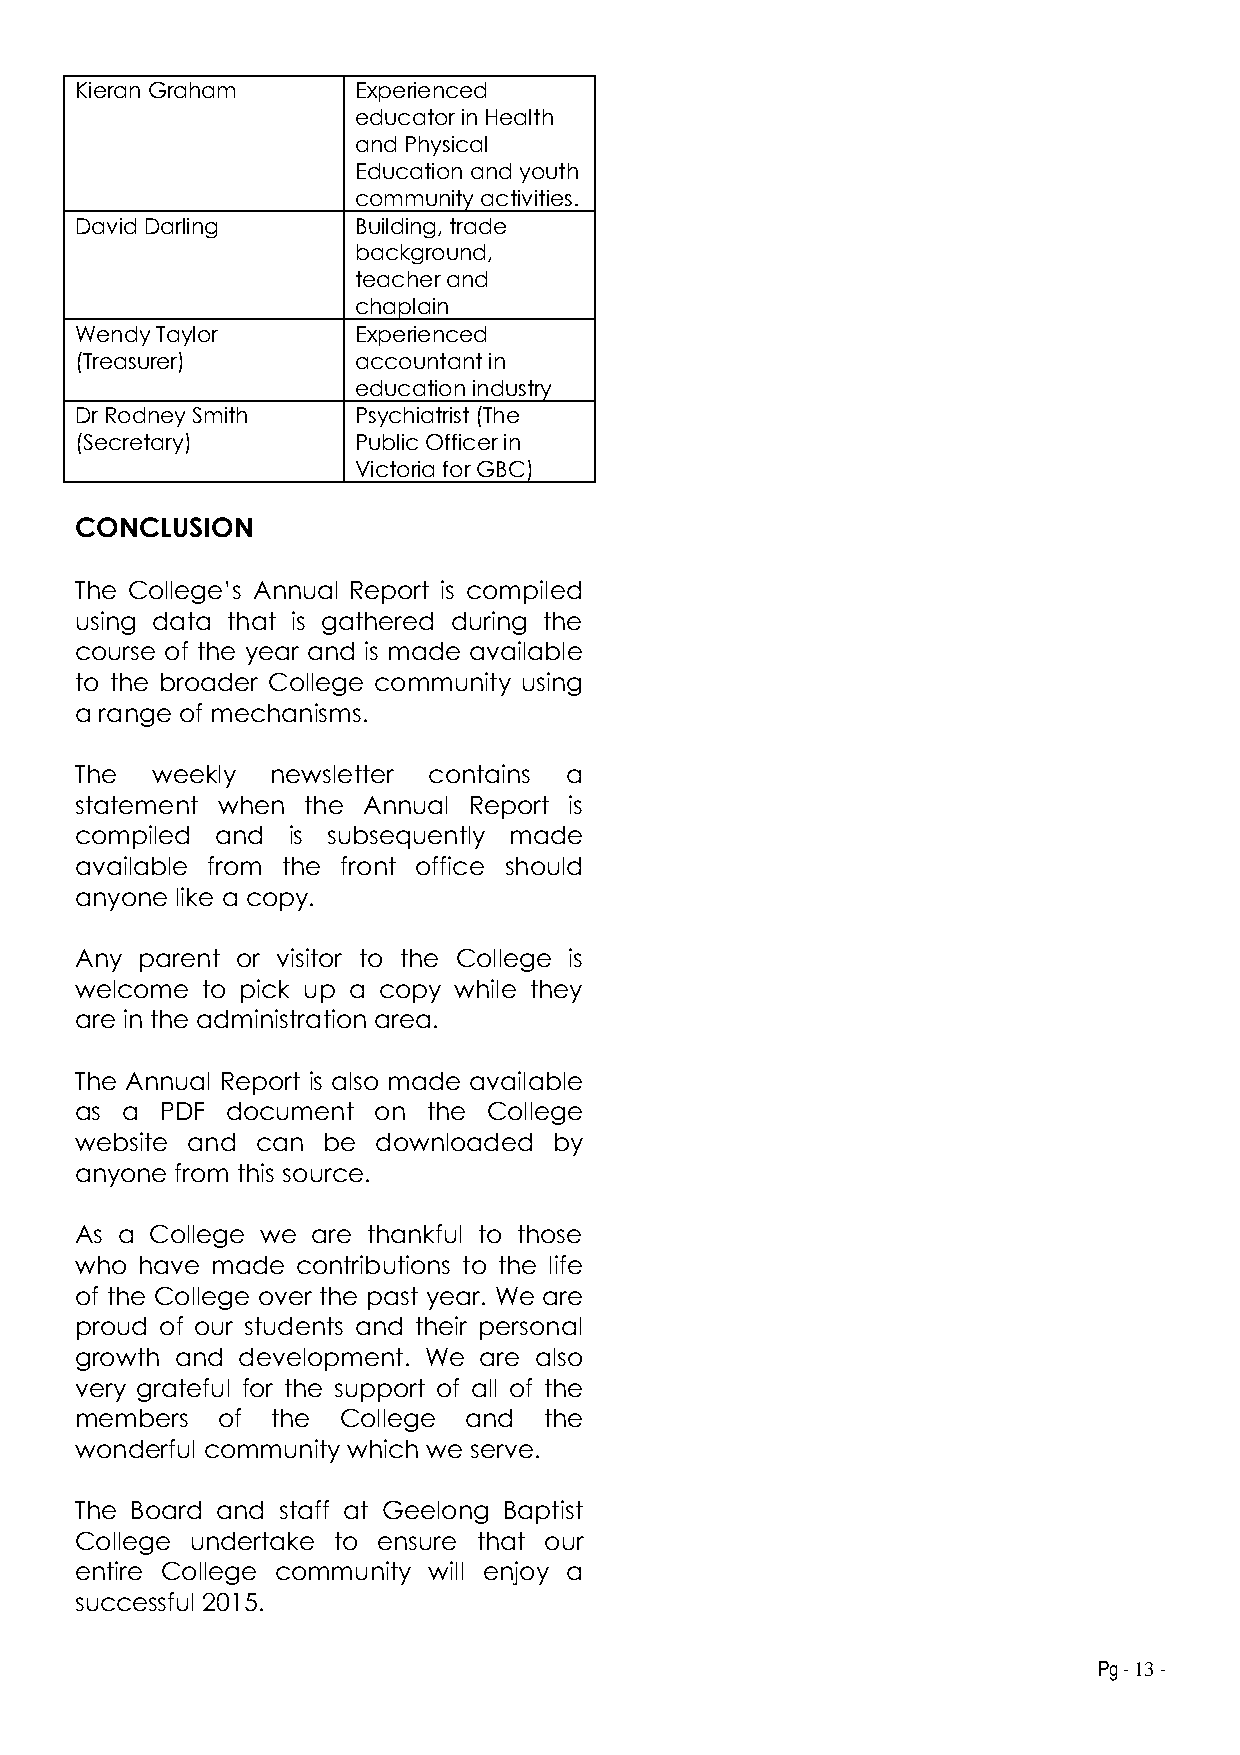
Kieran Graham     Experienced
 educator in Health
 and Physical
 Education and youth
 community activities.
 David Darling     Building, trade
 background,
 teacher and
 chaplain
 Wendy Taylor      Experienced
 (Treasurer)       accountant in
 education industry
 Dr Rodney Smith   Psychiatrist (The
 (Secretary)       Public Officer in
 Victoria for GBC)
 CONCLUSION
 The College’s Annual Report is compiled
 using data that is gathered during the
 course of the year and is made available
 to the broader College community using
 a range of mechanisms.
 The  weekly  newsletter contains a
 statement when the Annual Report is
 compiled and  is subsequently made
 available from the front office should
 anyone like a copy.
 Any parent or visitor to the College is
 welcome to pick up a copy while they
 are in the administration area.
 The Annual Report is also made available
 as a  PDF document  on the College
 website and can be  downloaded  by
 anyone from this source.
 As a College we are thankful to those
 who have made  contributions to the life
 of the College over the past year. We are
 proud of our students and their personal
 growth and development. We are also
 very grateful for the support of all of the
 members  of  the College  and  the
 wonderful community which we serve.
 The Board and staff at Geelong Baptist
 College undertake to ensure that our
 entire College community will enjoy a
 successful 2015.
 Pg - 13 -